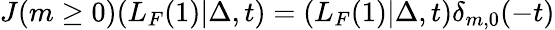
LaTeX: J(m\ge 0)(L_{F}(1)|\Delta,t)=(L_{F}(1)|\Delta,t)\delta_{m,0}(-t)